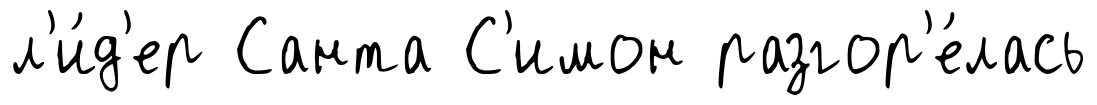
л'и́д'ер Санта С'имон разгор'е́лась